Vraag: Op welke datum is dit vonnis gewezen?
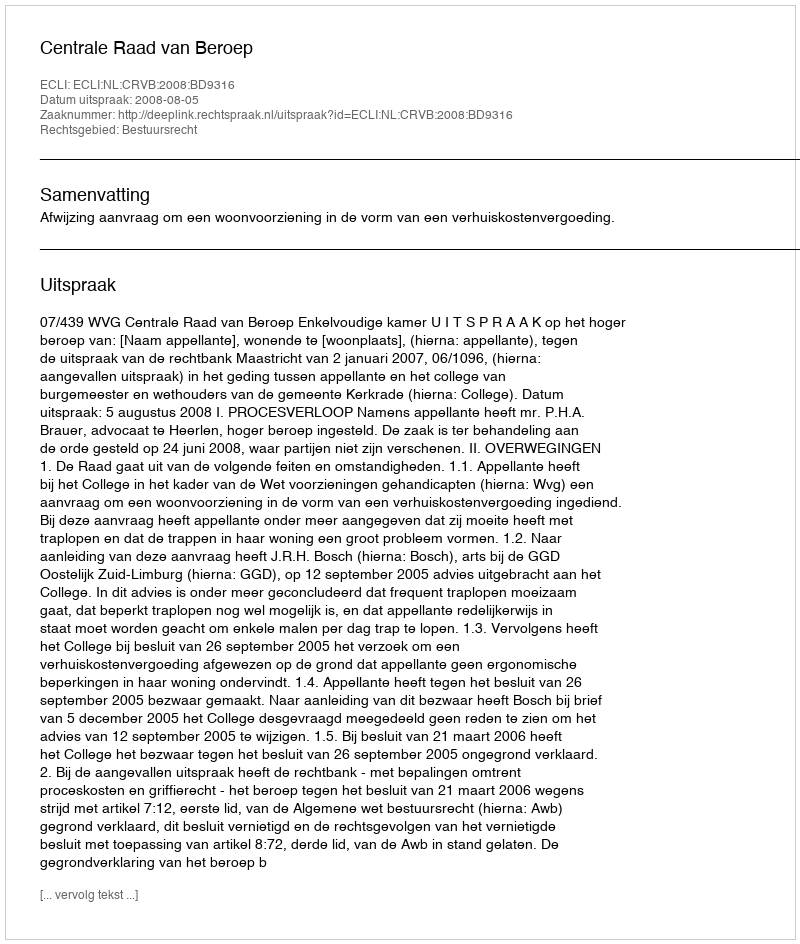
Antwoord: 2008-08-05